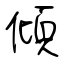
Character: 傾